Plague in India, 1896, 1897 - Volume 1
Year: 1896
Disease focus: Plague
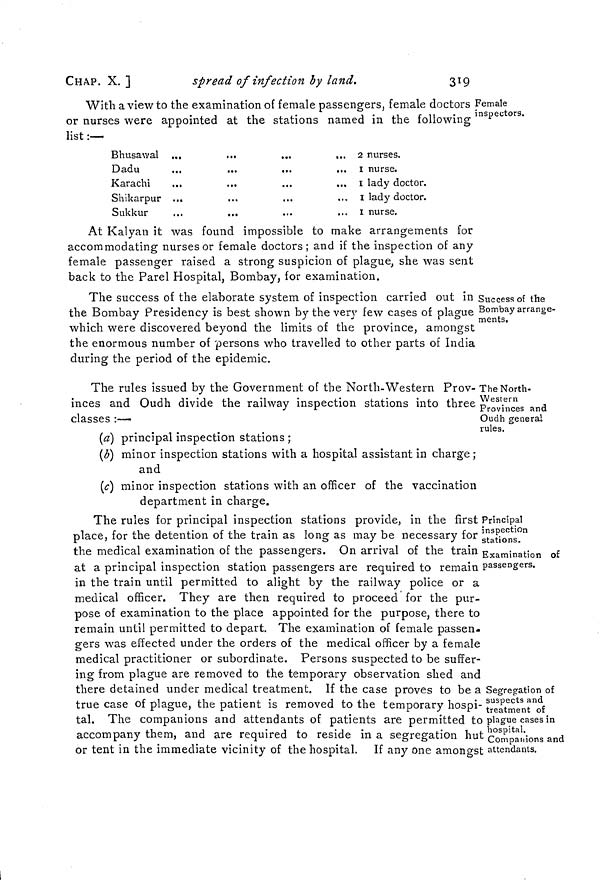
CHAP. X. ]
spread of infection by land.
319
Female
inspectors.
With a view to the examination of female passengers, female doctors
or nurses were appointed at the stations named in the following
list:—
Bhusawal ...
...
...
...
Dadu
Karachi
...
Shikarpur ...
Sukkur
...
...
2 nurses.
I nurse.
1 lady doctor.
I lady doctor.
I nurse.
At Kalyan it was found impossible to make arrangements for
accommodating nurses or female doctors; and if the inspection of any
female passenger raised a strong suspicion of plague, she was sent
back to the Parel Hospital, Bombay, for examination.
Success of the
Bombay arrange-
ments.
The success of the elaborate system of inspection carried out in
the Bombay Presidency is best shown by the very few cases of plague
which were discovered beyond the limits of the province, amongst
the enormous number of persons who travelled to other parts of India
during the period of the epidemic.
The North-
Western
Provinces and
Oudh general
rules.
The rules issued by the Government of the North-Western Prov-
inces and Oudh divide the railway inspection stations into three
classes :—
(a) principal inspection stations ;
(b) minor inspection stations with a hospital assistant in charge;
and
(c) minor inspection stations with an officer of the vaccination
department in charge.
Principal
inspection
stations.
Examination of
passengers.
Segregation of
suspects and
treatment of
plague cases in
hospital.
Companions and
attendants.
The rules for principal inspection stations provide, in the first
place, for the detention of the train as long as may be necessary for
the medical examination of the passengers. On arrival of the train
at a principal inspection station passengers are required to remain
in the train until permitted to alight by the railway police or a
medical officer. They are then required to proceed for the pur-
pose of examination to the place appointed for the purpose, there to
remain until permitted to depart. The examination of female passen-
gers was effected under the orders of the medical officer by a female
medical practitioner or subordinate. Persons suspected to be suffer-
ing from plague are removed to the temporary observation shed and
there detained under medical treatment. If the case proves to be a
true case of plague, the patient is removed to the temporary hospi-
tal. The companions and attendants of patients are permitted to
accompany them, and are required to reside in a segregation hut
or tent in the immediate vicinity of the hospital. If any one amongst